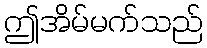
ဤအိမ်မက်သည်